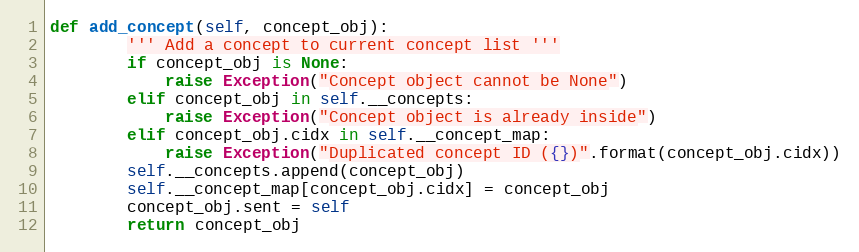
Language: Python
def add_concept(self, concept_obj):
        ''' Add a concept to current concept list '''
        if concept_obj is None:
            raise Exception("Concept object cannot be None")
        elif concept_obj in self.__concepts:
            raise Exception("Concept object is already inside")
        elif concept_obj.cidx in self.__concept_map:
            raise Exception("Duplicated concept ID ({})".format(concept_obj.cidx))
        self.__concepts.append(concept_obj)
        self.__concept_map[concept_obj.cidx] = concept_obj
        concept_obj.sent = self
        return concept_obj